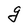
Character: g